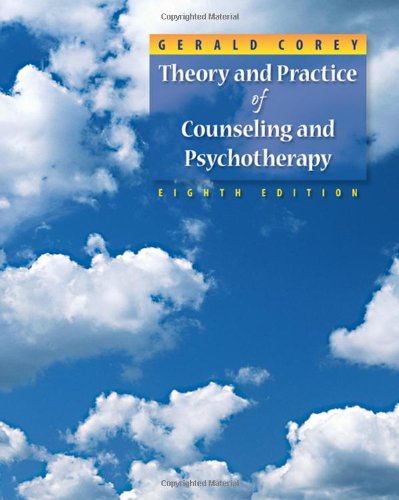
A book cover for Theory and Practice of Counseling and Psychotherapy, 8th Edition; Gerald Corey; Education & Teaching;